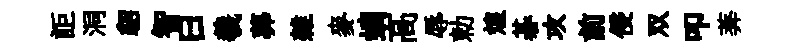
詎洞貂智曰羲莾雜麥螭髙辱勅煌碁攻前侵双叩莾